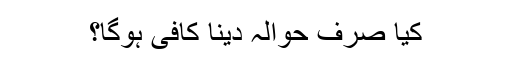
کیا صرف حوالہ دینا کافی ہوگا؟